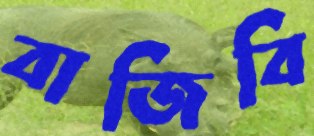
বাজিবি